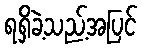
ရရှိခဲ့သည့်အပြင်